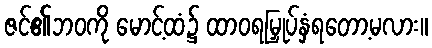
ဇင်၏ဘဝကို မောင့်ထံ၌ ထာဝရမြှုပ်နှံရတော့မလား။